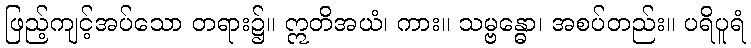
ဖြည့်ကျင့်အပ်သော တရား၌။ ဣတိအယံ၊ ကား။ သမ္ဗန္ဓော၊ အစပ်တည်း။ ပရိပူရံ